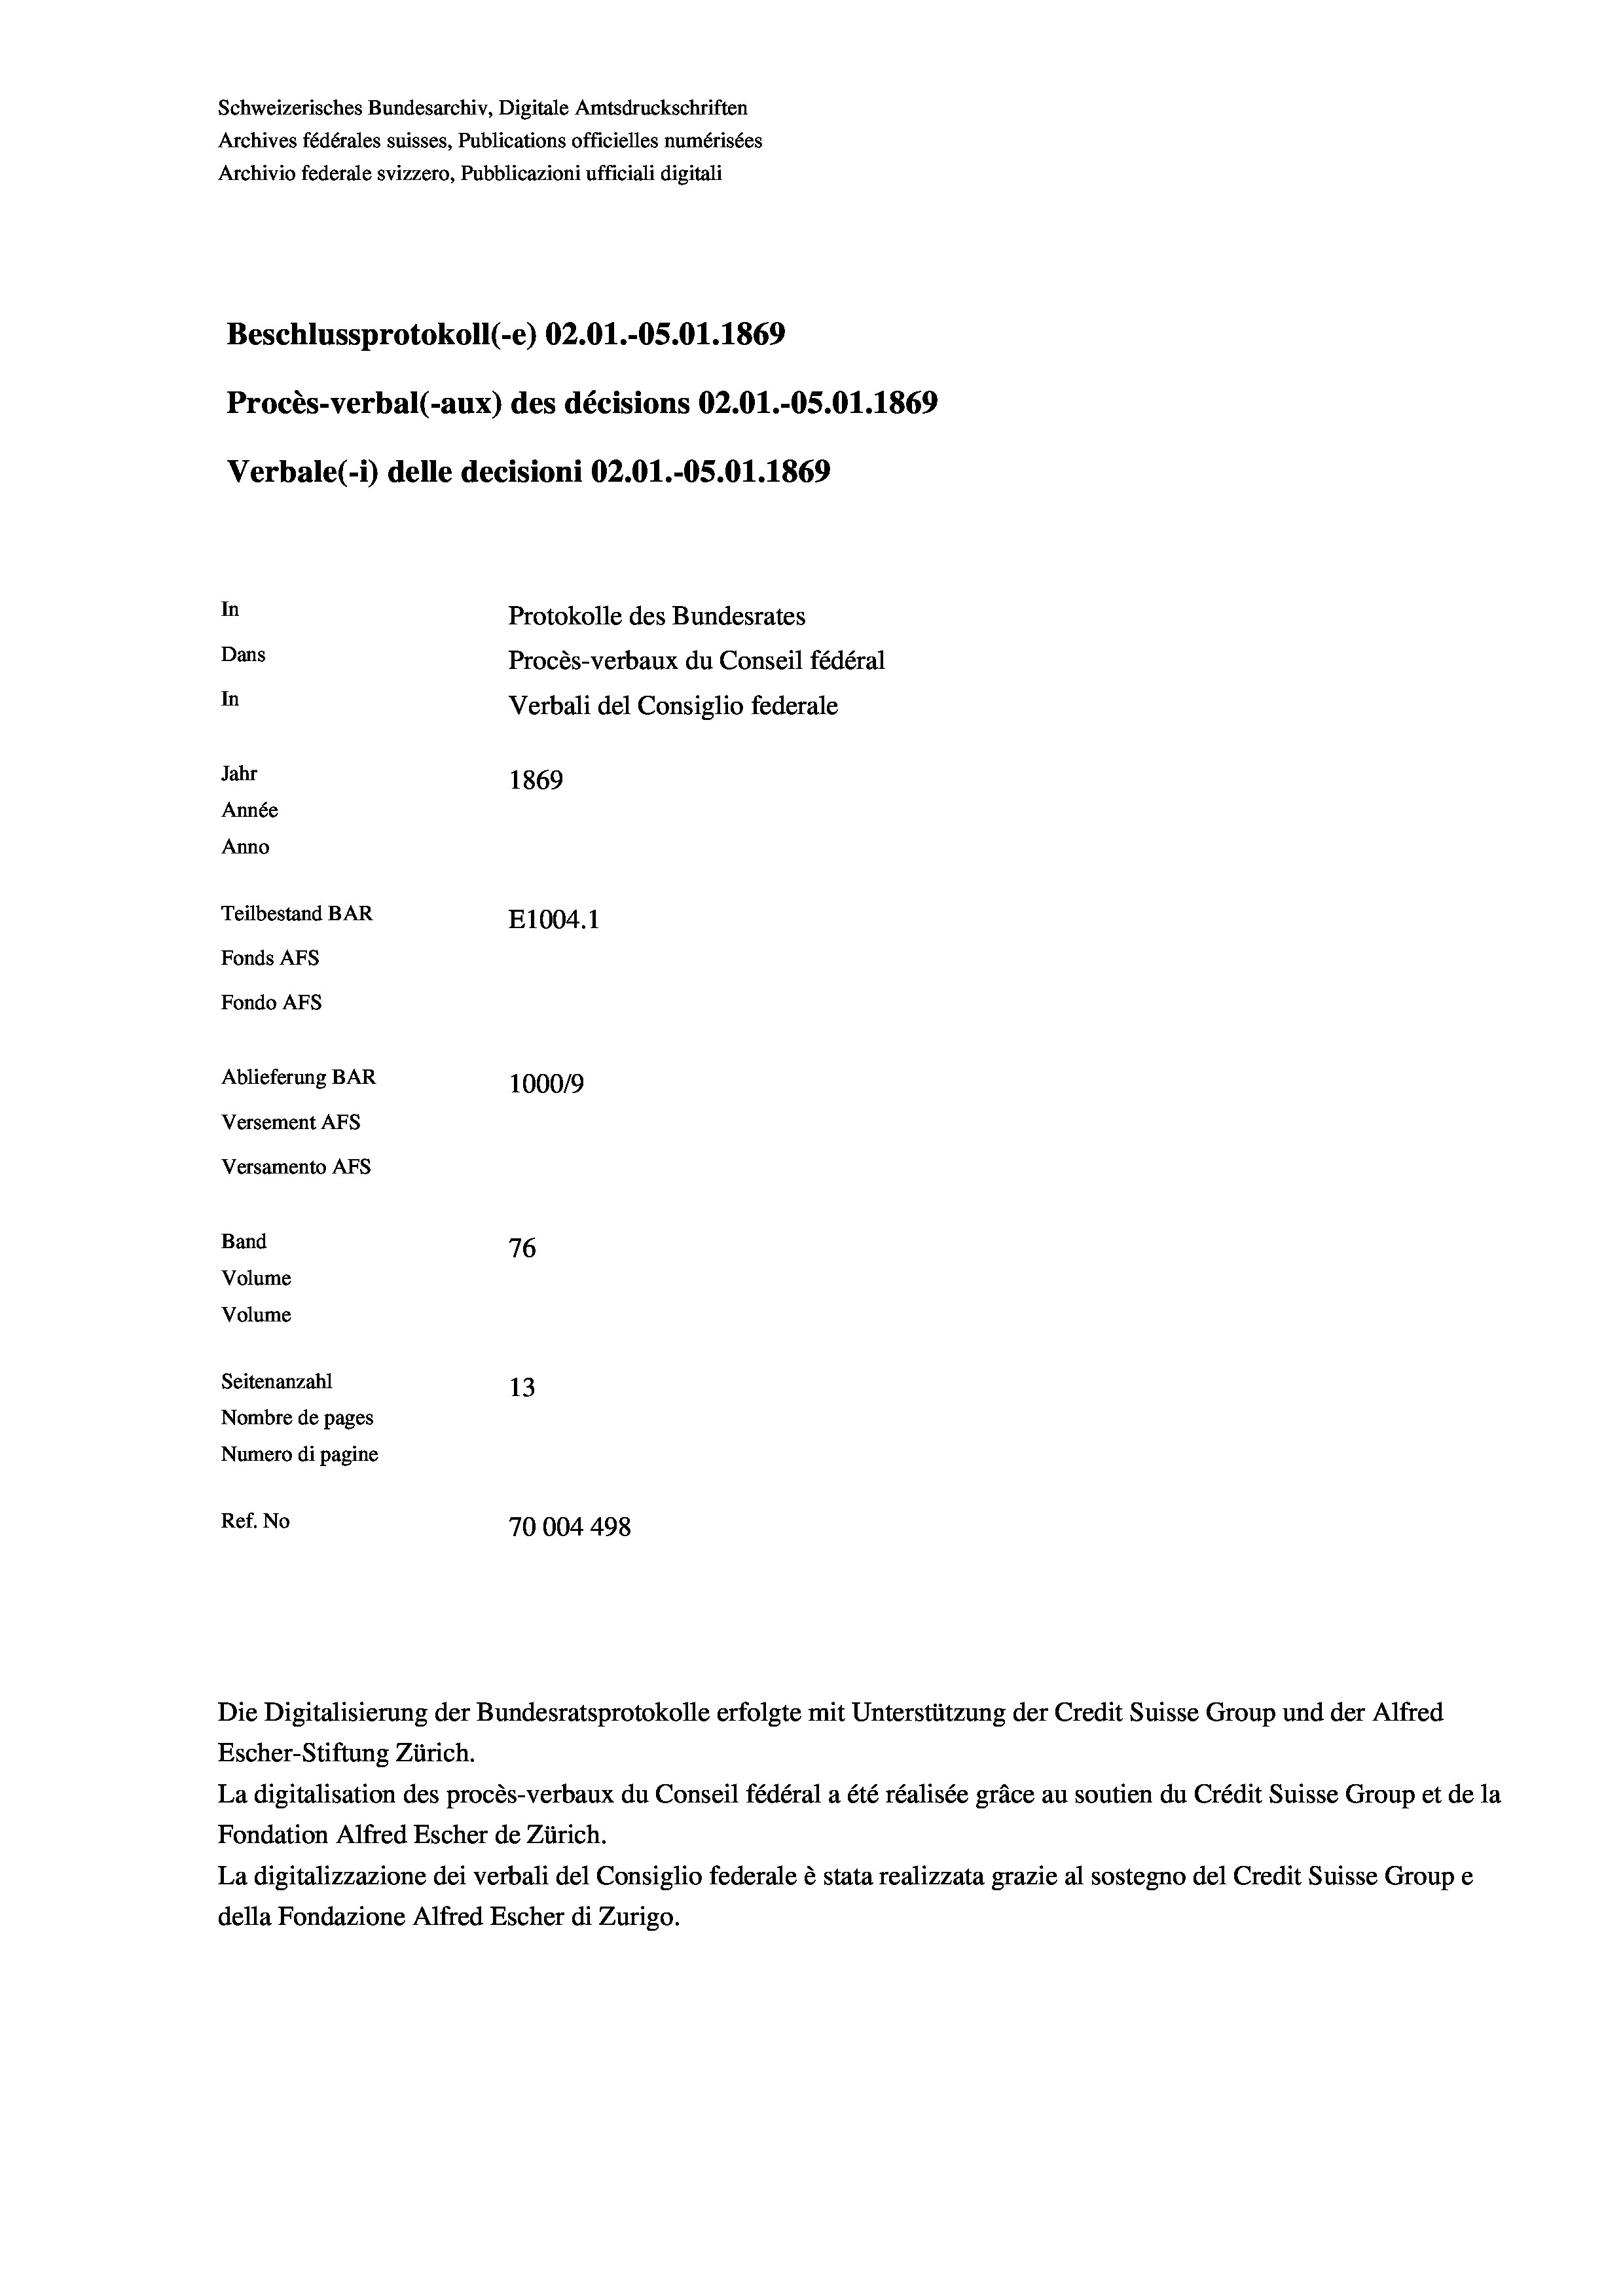
Schweizerisches Bundesarchiv, Digitale Amtsdruckschriften
Archives fédérales suisses, Publications officielles numérisées
Archivio federale svizzero, Pubblicazioni ufficiali digitali
Beschlussprotokoll (-e) 02.01.-05.01. 1869
Procès-verbal (-aux) des décisions 02.01.-OS.01. 1869
Verbale (1) delle decisioni 02.01.-OS.01. 1869
In
Protokolle des Bundesrates
Dans
Procès-verbaux du Conseil fédéral
In
Verbali del Consiglio federale
Jahr
1869
Année
Anno
Teilbestand BAR
E1004.1
Fonds AFs
Fondo AFS
Ablieferung BAR
100019
Versement AFs
Versamento AFs
Band
76

Seitenanzahl
13
Nombre de pages
Numero di pagine
Ref. No
70004498

Volume
Volume

Escher-Stiftung Zürich.
La digitalisation des procès-verbaux du Conseil fédéral a été réalisée gräce au soutien du Crédit Suisse Group et de la
Fondation Alfred Escher de Zürich.
La digitalizzazione dei verbali del Consiglio federale è stata realizzata grazie al sostegno del Credit Suisse Groupe
della Fondazione Alfred Escher di Zurigo.

Die Digitalisierung der Bundesratsprotokolle erfolgte mit Unterstützung der Credit Suisse Group und der Alfred